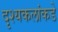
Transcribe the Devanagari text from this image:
दृश्यकलांकडे